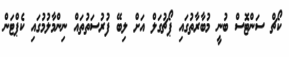
ކޯޗް ސަންޓޮސް ބުނީ މުބާރާތުގައި ޕޯޗުގަލް އަށް ލިބޭ ފުރުސަތުތައް ނިންމާލުމުގައި ކެޕްޓަން